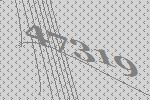
47319